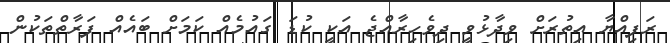
ރަފިއްޔާ އިތުރަށް ވިދާޅުވީ ދިވެހިރާއްޖެ އަކީ ކުޑަ ގައުމެއް ކަމަށް ބައެއް ފަރާތްތަކުން